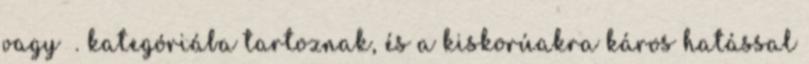
vagy Ⅵ. kategóriába tartoznak, és a kiskorúakra káros hatással